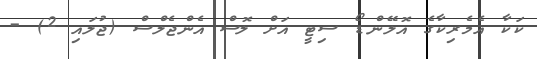
ކަކާ އެމެރިކާގެ އޮލޭންޑޯ ސިޓީ އަށް ލޮސް އެންޖެލްސް (ޖުލައި 2) -